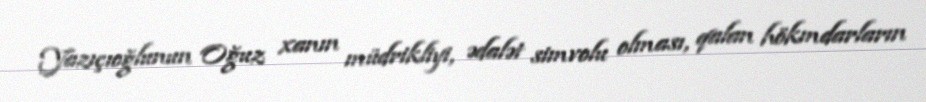
Yazıçıoğlunun Oğuz xanın müdrikliyi, ədalət simvolu olması, qalan hökmdarların